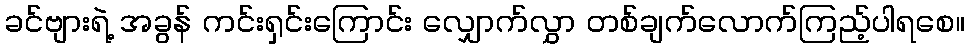
ခင်ဗျားရဲ့ အခွန် ကင်းရှင်းကြောင်း လျှောက်လွှာ တစ်ချက်လောက်ကြည့်ပါရစေ။